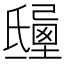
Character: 𣱒